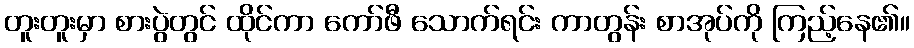
တူးတူးမှာ စားပွဲတွင် ထိုင်ကာ ကော်ဖီ သောက်ရင်း ကာတွန်း စာအုပ်ကို ကြည့်နေ၏။